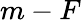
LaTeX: m-F